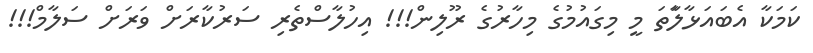
ކަމަކާ އެބައަޅާލަާތަ މީ މިގައުމުގެ މިހާރުގެ ރޫލިން!!! އިހުލާސްތެރި ސަރުކާރަށް ވަރަށް ސަލާމް!!!